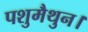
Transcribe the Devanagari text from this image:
पशुमैथुन।